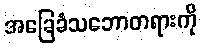
အခြေခံသဘောတရားကို